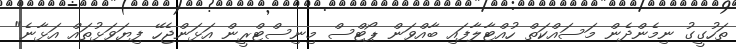
ތަހުގީގު ނިމެންދެން މަސައްކަތް ހުއްޓާލާފައި ބާއްވަން ޕޯޓްސް މިނިސްޓްރީން އަޅަންޖެހޭ ފިޔަވަޅުތައް އަޅާނެ"